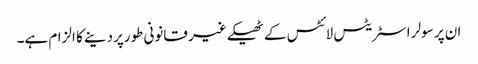
ان پر سولر اسٹریٹس لائٹس کے ٹھیکے غیر قانونی طورپردینے کا الزام ہے۔